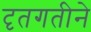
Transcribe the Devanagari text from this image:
दृतगतीने